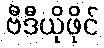
ဗီဒီယိုဖိုင်